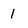
Character: 1